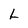
Character: L